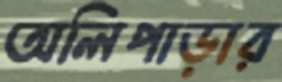
অলিপাড়ার